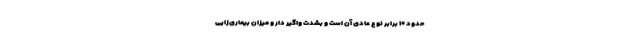
حدود ۱۰ برابر نوع عادی آن است و بشدت واگیر دار و میزان بیماری‌زایی